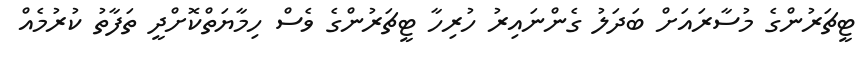
ޓީޗަރުންގެ މުސާރައަށް ބަދަލު ގެންނައިރު ހުރިހާ ޓީޗަރުންގެ ވެސް ހިމާޔަތްކޮށްދީ ތަފާތު ކުރުމެއް